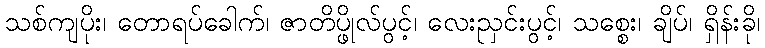
သစ်ကျပိုး၊ တောရပ်ခေါက်၊ ဇာတိပ္ဖိုလ်ပွင့်၊ လေးညှင်းပွင့်၊ သစ္စေး၊ ချိပ်၊ ရှိန်းခို၊